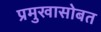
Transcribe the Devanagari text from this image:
प्रमुखासोबत